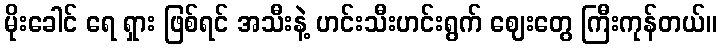
မိုးခေါင် ရေ ရှား ဖြစ်ရင် အသီးနဲ့ ဟင်းသီးဟင်းရွက် ဈေးတွေ ကြီးကုန်တယ်။